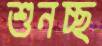
শুনচ্ছ